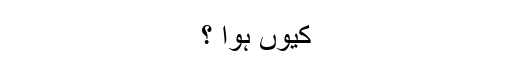
کیوں ہوا ؟